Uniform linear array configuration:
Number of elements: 4
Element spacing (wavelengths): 0.75
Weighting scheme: blackman
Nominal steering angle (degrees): -45
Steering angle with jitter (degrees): -45.778
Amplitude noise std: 0.05
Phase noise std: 0.05

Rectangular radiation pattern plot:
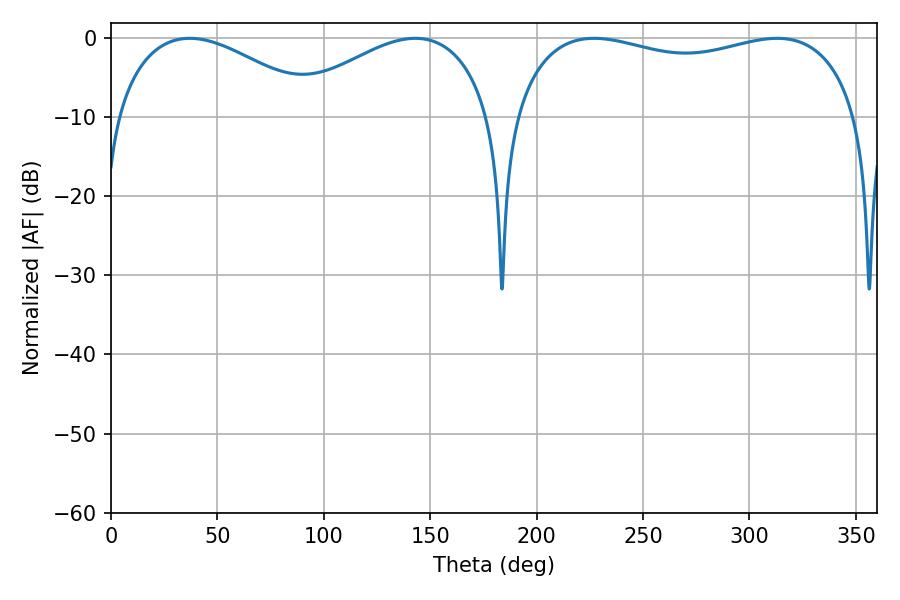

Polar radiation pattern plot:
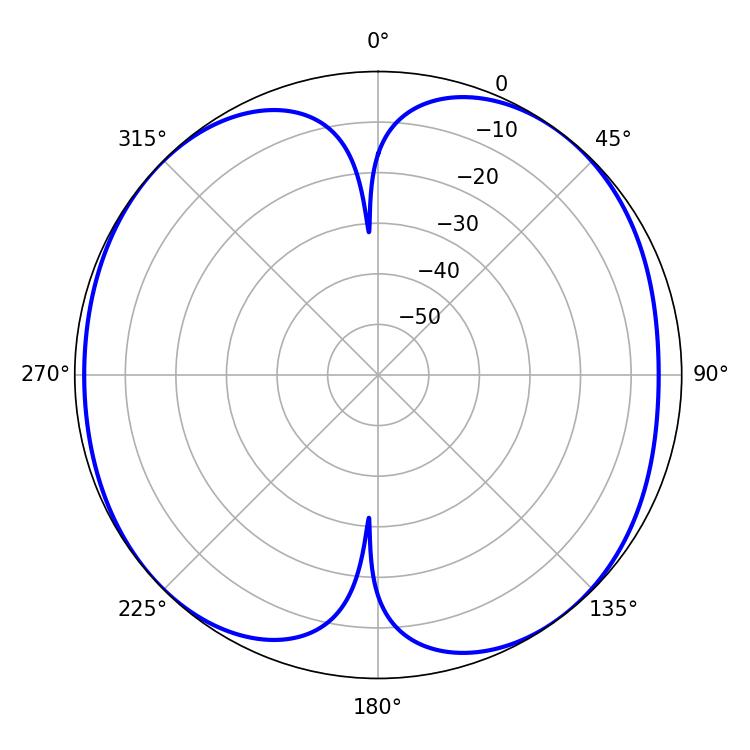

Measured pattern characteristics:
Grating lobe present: TRUE
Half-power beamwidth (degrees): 132.84
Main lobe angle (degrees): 313.02